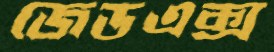
জেডএক্স